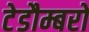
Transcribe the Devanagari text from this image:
टेडौम्बरो